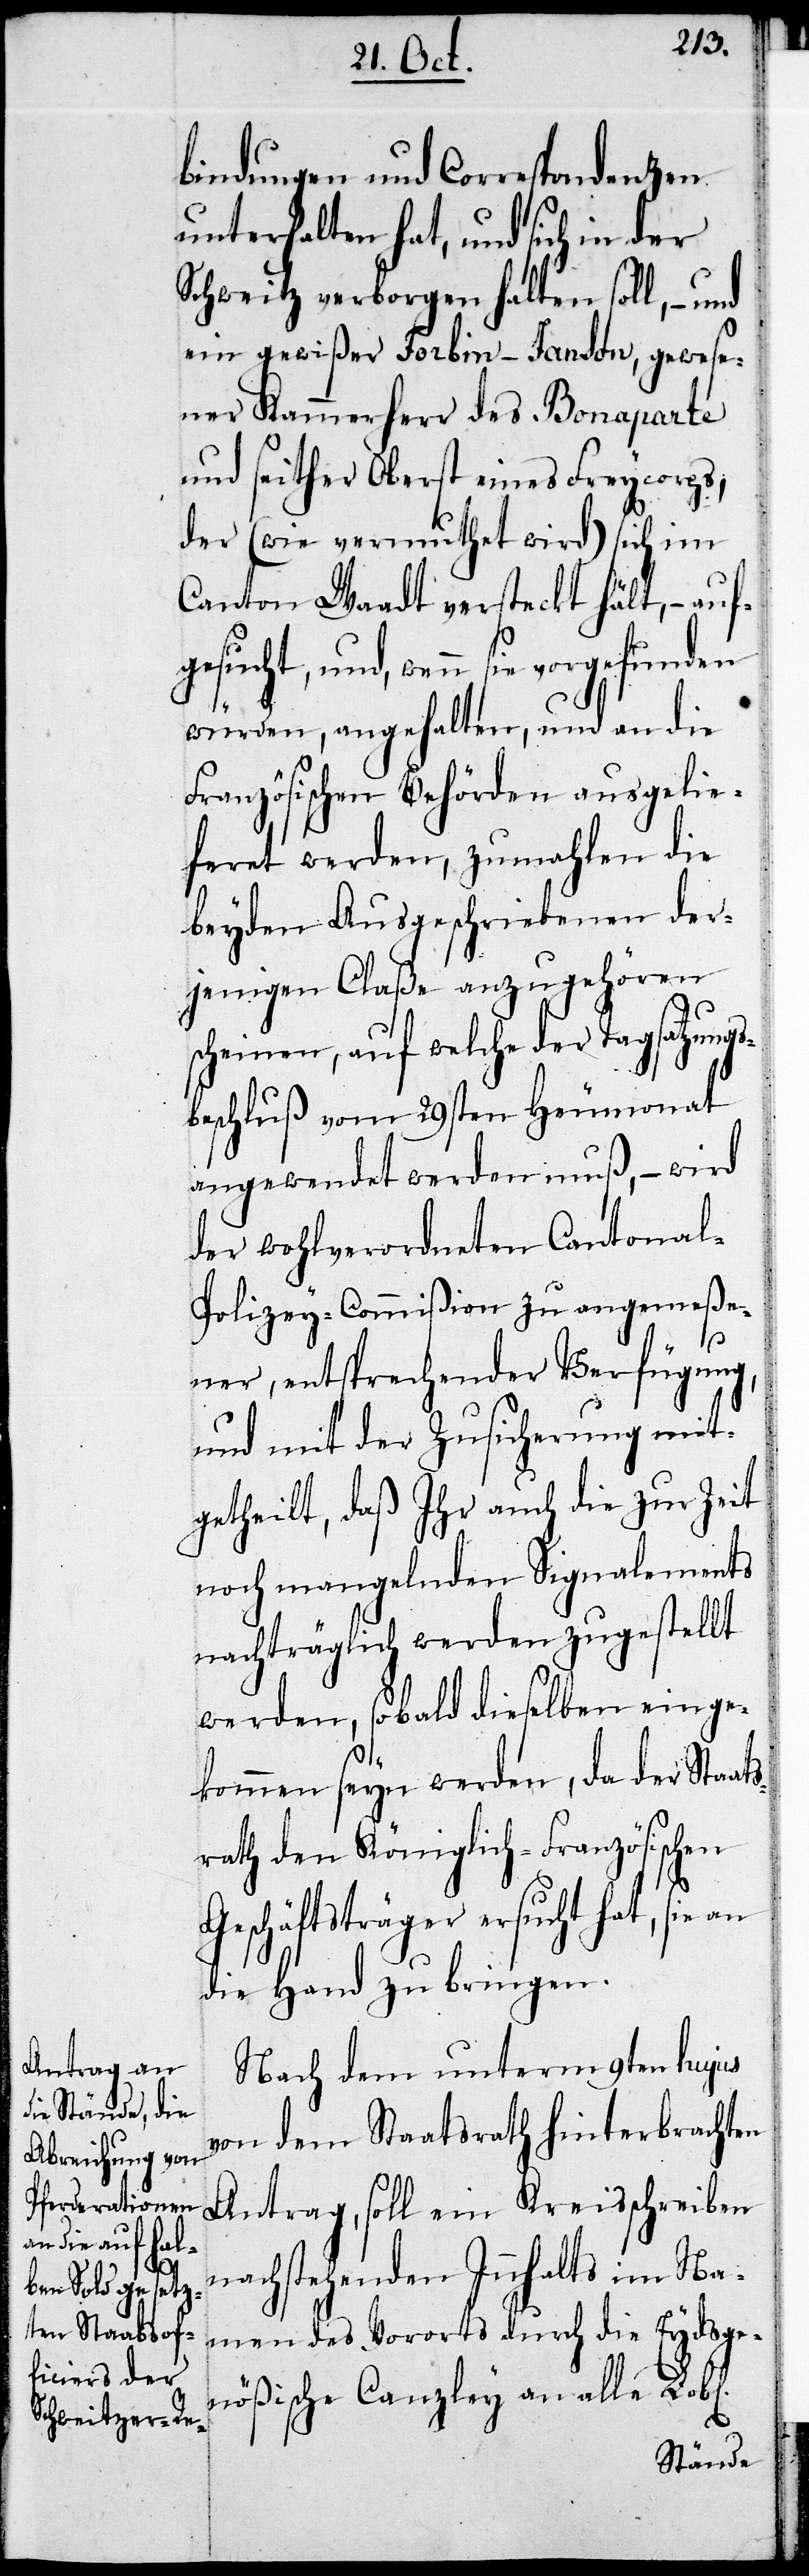
bindungen und Correspondenzen
unterhalten hat, und sich in der
Schweitz verborgen halten soll, – und
ein gewißer Forbin-Janson, gewese¬
ner Kammerherr des Bonaparte
und seither Oberst eines Freycorps,
der (wie vermuthet wird) sich im
Canton Waadt versteckt hält, – auf¬
gesucht, und, wenn
würden, angehalten, und an die
Französischen Behörden ausgelie¬
feret werden, zumahlen die
beyden Ausgeschriebenen der¬
jenigen Claße anzugehören
scheinen, auf welche der Tagsatzungs¬
beschluß vom 29sten Heumonat
angewendet werden muß, – wird
der wohlverordneten Cantona¬
l-Polizey-Commißion zu angemeße¬
ner, entsprechender Verfügung,
und mit der Zusicherung mit¬
getheilt, daß Ihr auch die zur Zeit
noch mangelnden Signalements
nachträglich werden zugestellt
werden, sobald dieselben einge¬
kommen seyn werden, da der Staat¬
srath den Königlich-Französischen
Geschäftsträger ersucht hat, sie an
die Hand zu bringen.
Nach dem unterm 9ten hujus
von dem Staatsrath hinterbrachten
Antrag, soll ein Kreisschreiben
nachstehenden Innhalts im Na¬
men des Vororts durch die Eydsge¬
nößische Canzley an alle Lobl.